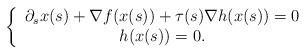
LaTeX: \begin{align*}\left\{\begin{array}{c}\partial_s x(s)+\nabla f(x(s))+\tau(s)\nabla h(x(s))=0 \\h(x(s))=0.\end{array}\right.\end{align*}